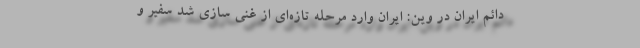
دائم ایران در وین: ایران وارد مرحله تازه‌ای از غنی‌ سازی شد سفیر و